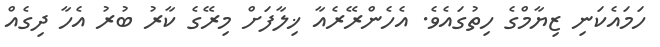
ހަމައެކަނި ޒިޔާމްގެ ހިތުގައެވެ. އެހެންރޭރެއާ ޚިލާފަށް މިރޭގެ ކާރު ބުރު އެހާ ދިގެއް